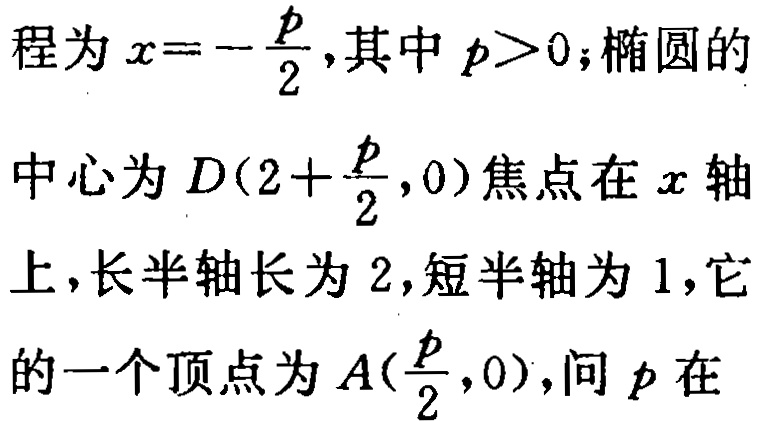
程为\(x = -\frac{p}{2}\),其中\(p > 0\);椭圆的
中心为\(D(2+\frac{p}{2},0)\)焦点在\(x\)轴
上,长半轴长为\(2\),短半轴为\(1\),它
的一个顶点为\(A(\frac{p}{2},0)\),问\(p\)在